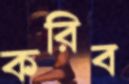
করিব